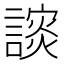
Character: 𰵅